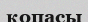
қопасы